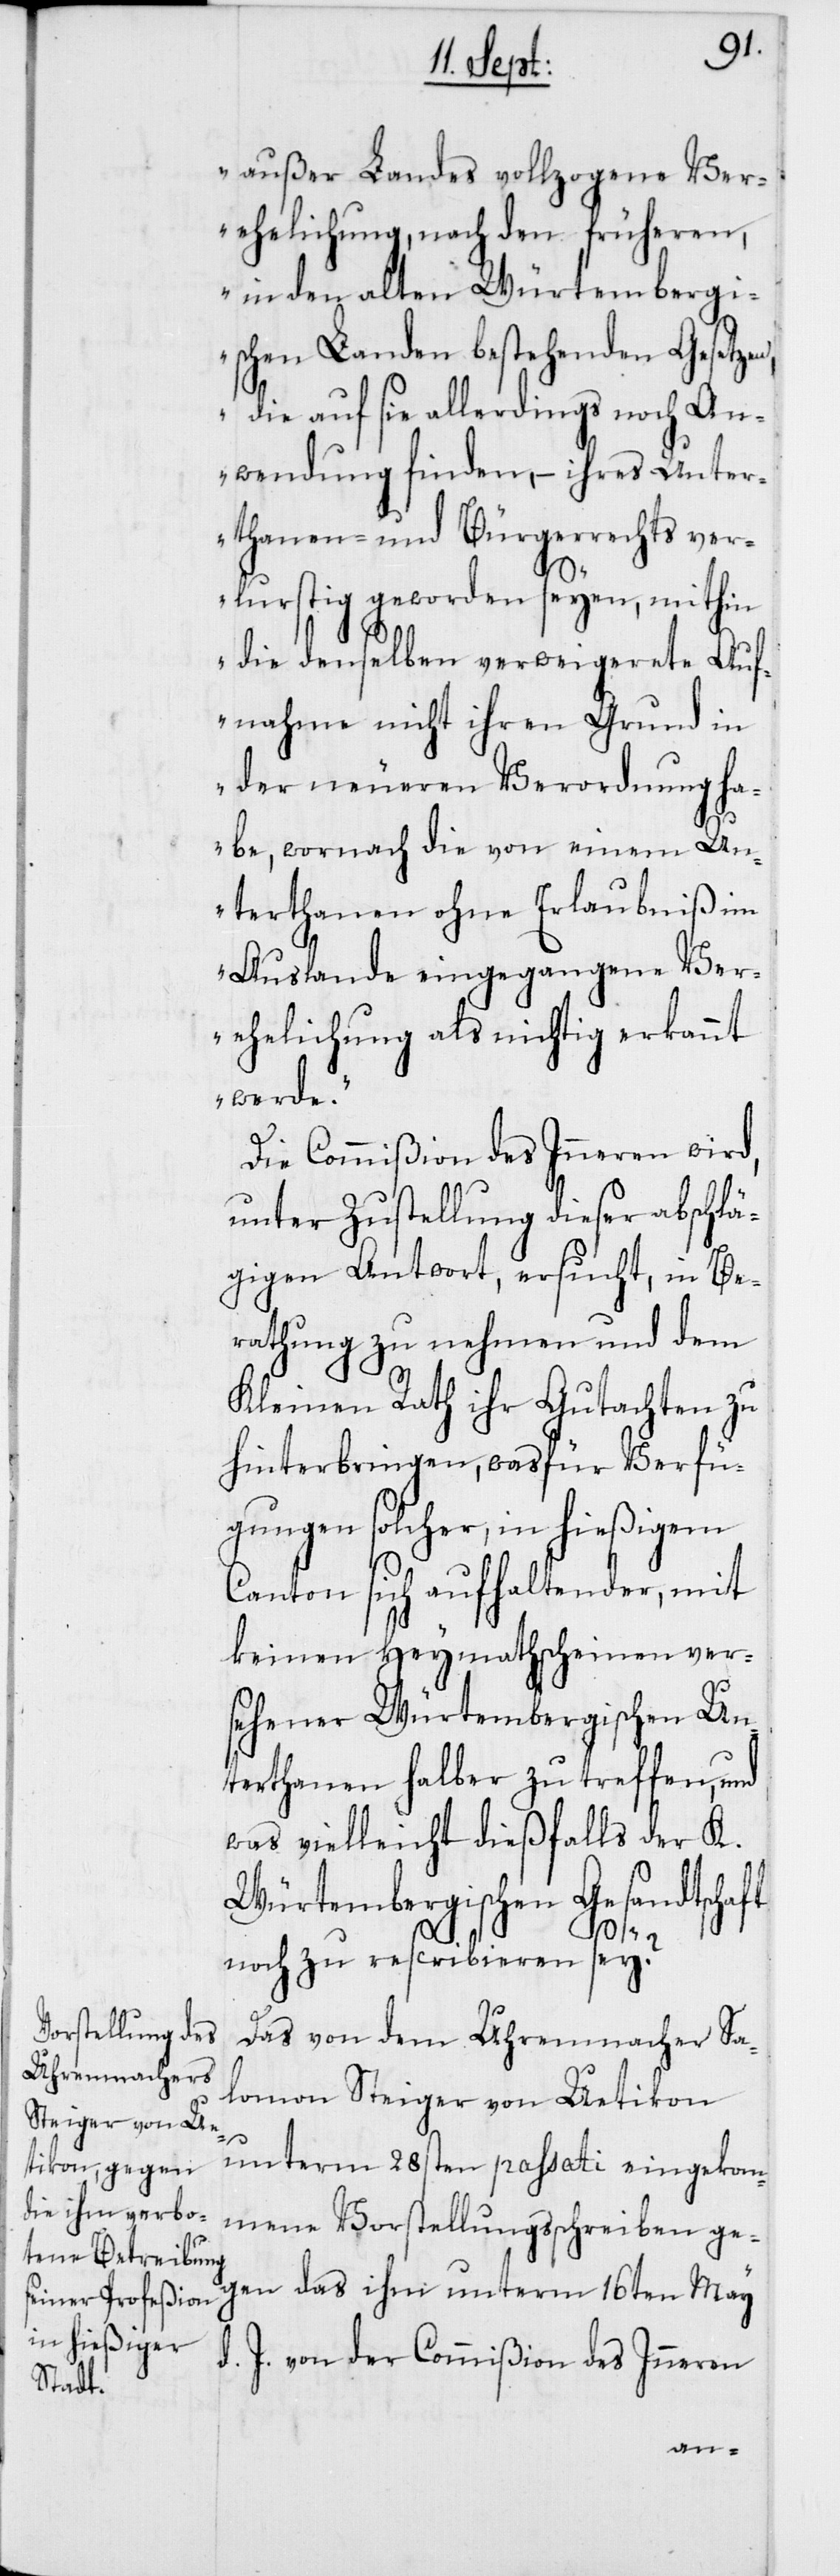
außer Landes vollzogene Ver¬
ehelichung, nach den früheren,
in den alten Würtemberg¬
ischen Landen bestehenden Gesetzen,
die auf sie allerdings noch An¬
wendung finden, – ih¬
Unter¬
thanen- und Bürgerrechts ver¬
lurstig geworden seyen, mithin
die denselben verweigerete Auf¬
nahme nicht ihren Grund in
der neueren Verordnung ha¬
be, wornach die von einem Un¬
terthanen ohne Erlaubniß im
Auslande eingegangene Ver¬
ehelichung als nichtig erkannt
werde“.
Die Commißion des Inneren wird,
unter Zustellung dieser abschlä¬
gigen Antwort, ersucht, in Be¬
rathung zu nehmen und dem
Kleinen Rath ihr Gutachten zu
hinterbringen, wasfür Verfü¬
gungen solcher, in hießigem
Canton sich aufhaltender, mit
keinen Heymathscheinen ver¬
sehener Würtembergischen Un¬
terthanen halber zu treffen, und
was vielleicht dießfalls der K.
Würtembergischen Gesandtschaft
noch zu rescribieren sei?
Das von dem Uhrenmacher Sa¬
lomon Steiger von Uetikon
res
unterm 28sten passati eingekom¬
mene Vorstellungßchreiben ge¬
gen das ihm unterm 16ten May
d. J. von der Commißion des Inneren